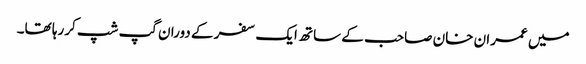
میں عمران خان صاحب کے ساتھ ایک سفر کے دوران گپ شپ کررہا تھا۔